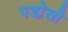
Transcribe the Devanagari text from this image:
पडो़सी